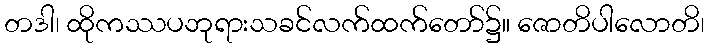
တဒါ၊ ထိုကဿပဘုရားသခင်လက်ထက်တော်၌။ ဇောတိပါလောတိ၊